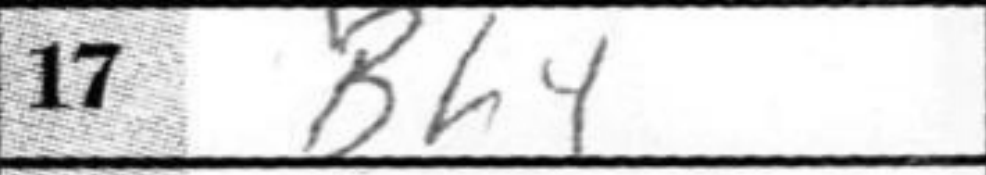
Transcription: Bh4